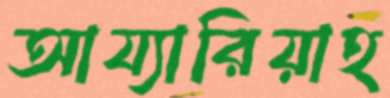
আয্যারিয়াহ